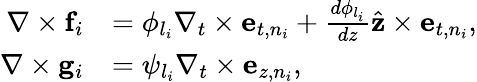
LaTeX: \begin{array}{rl}{\nabla\times{\mathbf f}_{i}}&{=\phi_{l_{i}}\nabla_{t}\times{\mathbf e}_{t,n_{i}}+\frac{d\phi_{l_{i}}}{dz}\hat{\mathbf z}\times{\mathbf e}_{t,n_{i}},}\\ {\nabla\times{\mathbf g}_{i}}&{=\psi_{l_{i}}\nabla_{t}\times{\mathbf e}_{z,n_{i}},}\end{array}